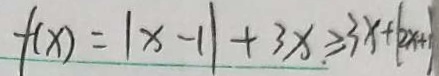
f ( x ) = \vert x - 1 \vert + 3 x \geq 3 x + \vert 2 x + 1 \vert